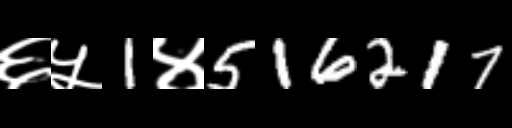
Text: ६५1४516217